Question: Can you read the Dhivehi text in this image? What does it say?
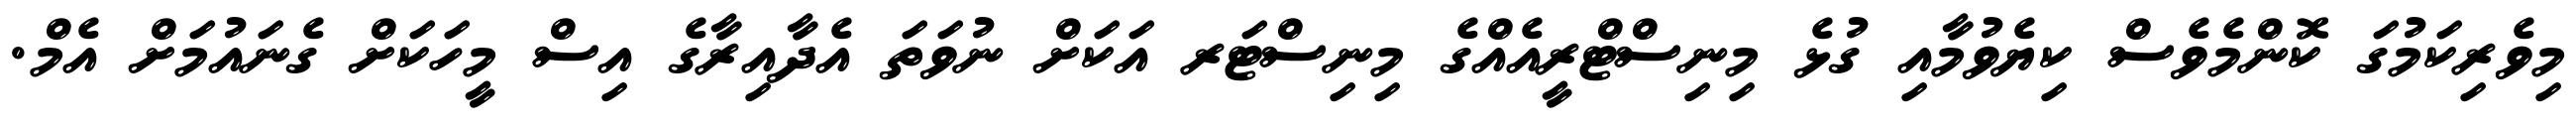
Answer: މިވެރިކަމުގަ ކޮންމެވެސް ކިޔެވުމާއި ގުޅެ މިނިސްޓްރީއެއްގެ މިނިސްޓަރ އަކަށް ނުވަތަ އެދާއިރާގެ އިސް މީހަކަށް ގެނައުމަށް އެމް.